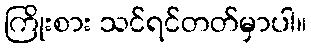
ကြိုးစား သင်ရင်တတ်မှာပါ။